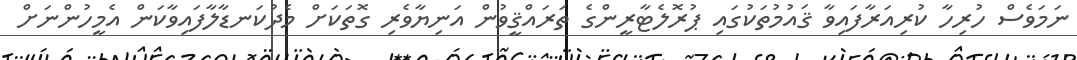
ނަމަވެސް ހުރިހާ ކުރިއަރާފައިވާ ޤައުމުތަކުގައި ޕުރޮލެޓާރީންގެ ތަރައްޤީވުން އަނިޔާވެރި ގޮތަކަށް މެދުކަނޑާލާފައިވާކަން އެމީހުންނަށް